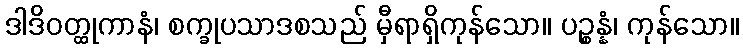
ဒါဒိဝတ္ထုကာနံ၊ စက္ခုပသာဒစသည် မှီရာရှိကုန်သော။ ပဉ္စန္နံ၊ ကုန်သော။